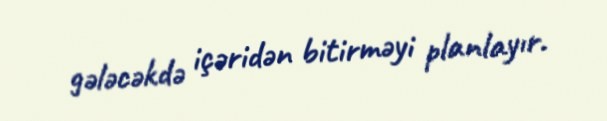
gələcəkdə içəridən bitirməyi planlayır.